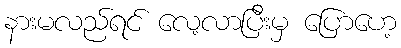
နားမလည်ရင် လေ့လာပြီးမှ ပြောဟေ့